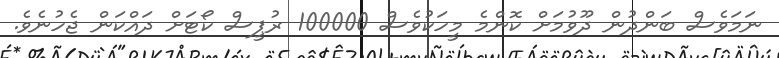
ނަމަވެސް ބަންދުން ދޫވުމަށް ކޮންމެ މީހަކުވެސް 100000 ރުޕީސް ކޯޓަށް ދައްކަން ޖެހުނެވެ.